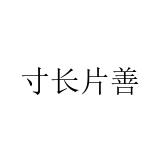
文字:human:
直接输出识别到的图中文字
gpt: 寸长片善